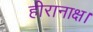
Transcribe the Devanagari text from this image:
हीरानाक्ष।